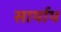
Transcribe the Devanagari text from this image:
सार्याय